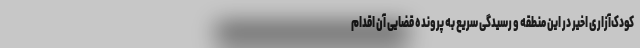
کودک‌آزاری اخیر در این منطقه و رسیدگی سریع به پرونده قضایی آن اقدام